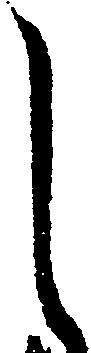
し